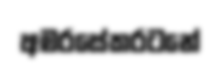
අමරසේකරටනේ